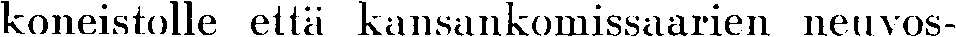
koneistolle että kansankomissaarien netuvos-